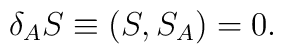
\delta_A S  \equiv (S,S_A) =0.